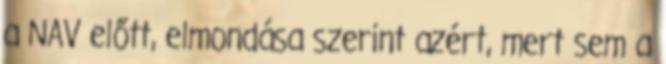
a NAV előtt, elmondása szerint azért, mert sem a